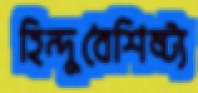
হিন্দুবৈশিষ্ট্য